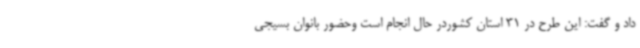
داد و گفت: این طرح در 31 استان کشوردر حال انجام است وحضور بانوان بسیجی